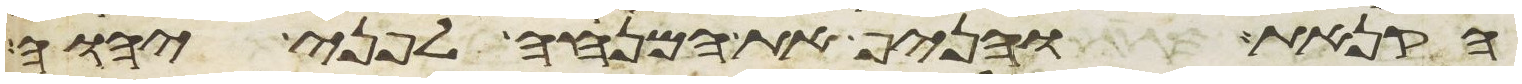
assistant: הקנאת והניף את המנחה לפני יהוה